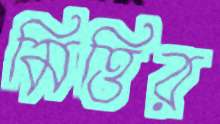
মিত্তির